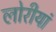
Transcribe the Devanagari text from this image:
लोरीयां